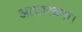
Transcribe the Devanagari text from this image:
आधारबना।